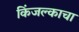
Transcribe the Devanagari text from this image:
किंजल्काचा